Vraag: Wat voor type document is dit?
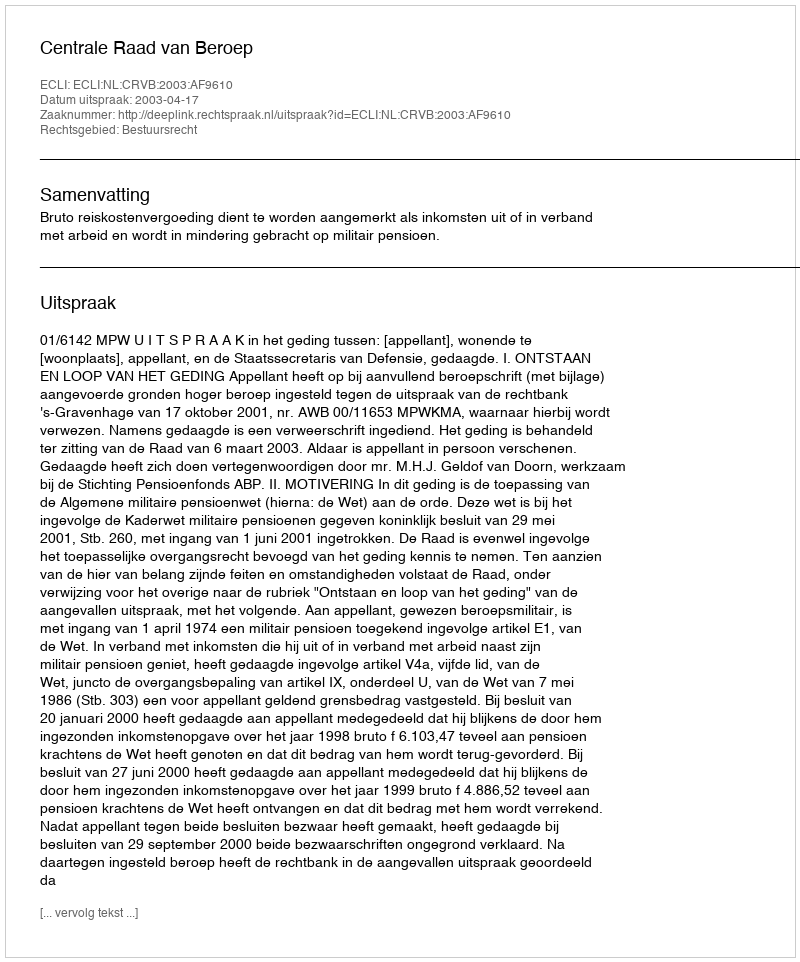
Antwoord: Uitspraak